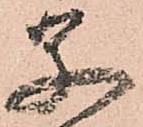
父